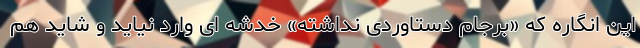
این انگاره که «برجام دستاوردی نداشته» خدشه ای وارد نیاید و شاید هم